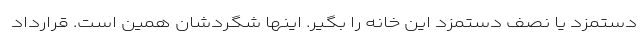
دستمزد یا نصف دستمزد این خانه را بگیر. اینها شگردشان همین است. قرارداد